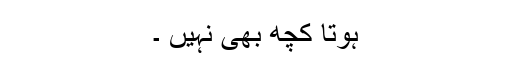
ہوتا کچھ بھی نہیں ۔